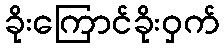
ခိုးကြောင်ခိုးဝှက်